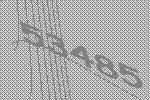
53485